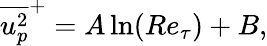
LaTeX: \overline{{u_{p}^{2}}}^{+}=A\ln(Re_{\tau})+B,